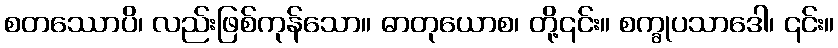
စတဿောပိ၊ လည်းဖြစ်ကုန်သော။ ဓာတုယောစ၊ တို့၎င်း။ စက္ခုပသာဒေါ၊ ၎င်း။